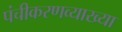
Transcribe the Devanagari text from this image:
पंचीकरणव्याख्या